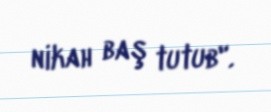
nikah baş tutub".